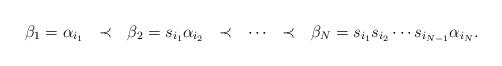
LaTeX: \begin{align*}\beta_1 = \alpha_{i_1} \ \ \prec \ \ \beta_2 = s_{i_1}\alpha_{i_2} \ \ \prec \ \ \cdots \ \ \prec \ \ \beta_N = s_{i_1}s_{i_2}\cdots s_{i_{N-1}}\alpha_{i_N}.\end{align*}